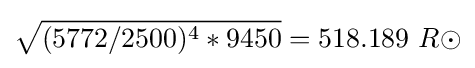
{\sqrt {(5772/2500)^{4}*9450}}=518.189\ R\odot